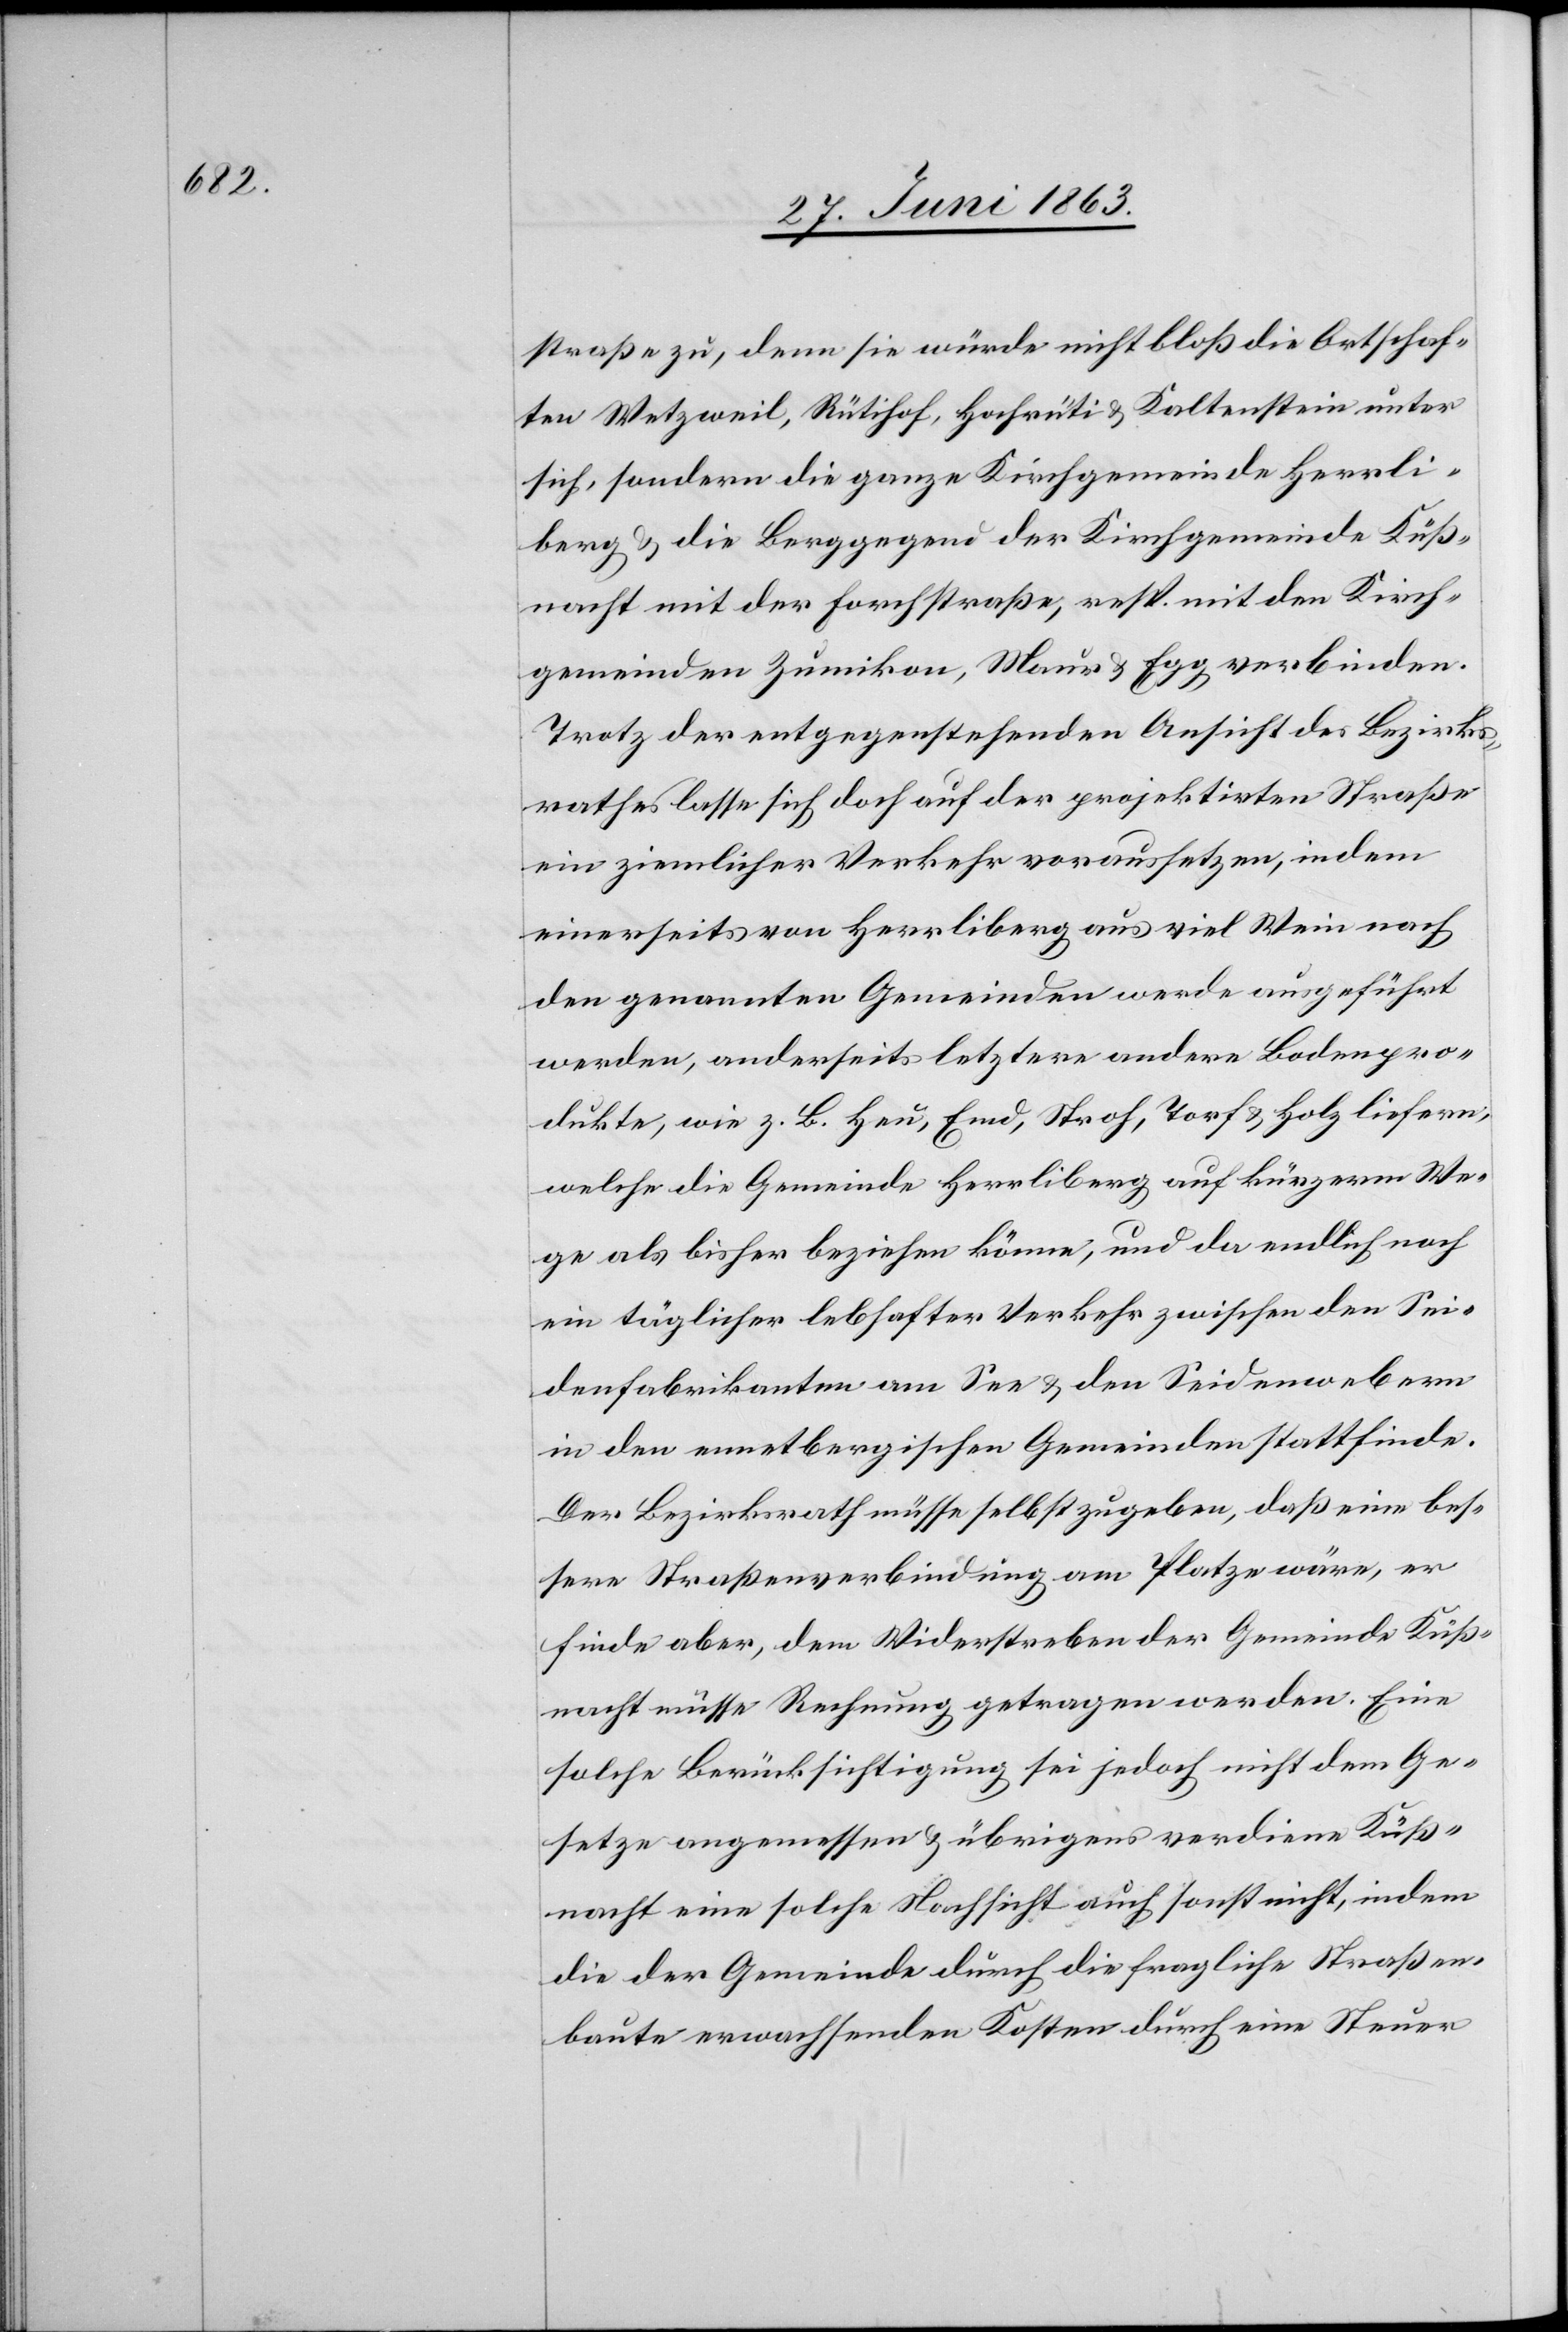
straße zu, denn sie würde nicht bloß die Ortschaf¬
ten Wetzweil, Rütihof, Hochrüti & Kaltenstein unter
sich, sondern die ganze Kirchgemeinde Herrli¬
berg & die Berggegend der Kirchgemeinde Küß¬
nacht mit der Forchstraße, resp. mit den Kirch¬
gemeinden Zumikon, Maur & Egg verbinden.
Trotz der entgegenstehenden Ansicht des Bezirks¬
rathes lasse sich doch auf der projektirten Straße
ein ziemlicher Verkehr voraussetzen, indem
einerseits von Herrliberg aus viel Wein nach
den genannten Gemeinden werde ausgeführt
werden, anderseits letztere andere Bodenpro¬
dukte, wie z. B. Heu, Emd, Stroh, Torf & Holz liefern,
welche die Gemeinde Herrliberg auf kürzerm We¬
ge als bisher beziehen könne, und da endlich noch
ein täglicher lebhafter Verkehr zwischen den Sei¬
denfabrikanten am See & den Seidenwebern
in den ennetbergischen Gemeinden stattfinde.
Der Bezirksrath müsse selbst zugeben, daß eine bes¬
sere Straßenverbindung am Platze wäre, er
finde aber, dem Widerstreben der Gemeinde Küß¬
nacht müsse Rechnung getragen werden. Eine
solche Berücksichtigung sei jedoch nicht dem Ge¬
setze angemessen & übrigens verdiene Küß¬
nacht eine solche Nachsicht auch sonst nicht, indem
die der Gemeinde durch die fragliche Straßen¬
baute erwachsenden Kosten durch eine Steuer